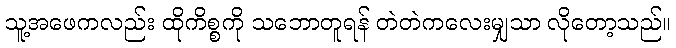
သူ့အဖေကလည်း ထိုကိစ္စကို သဘောတူရန် တဲတဲကလေးမျှသာ လိုတော့သည်။